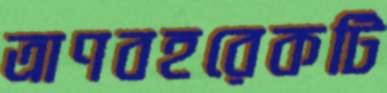
ত্রাণবহরেকটি